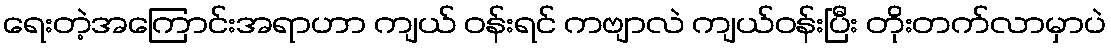
ရေးတဲ့အကြောင်းအရာဟာ ကျယ် ဝန်းရင် ကဗျာလဲ ကျယ်ဝန်းပြီး တိုးတက်လာမှာပဲ